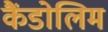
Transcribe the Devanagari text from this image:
कैंडोलिम